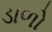
ડાળો